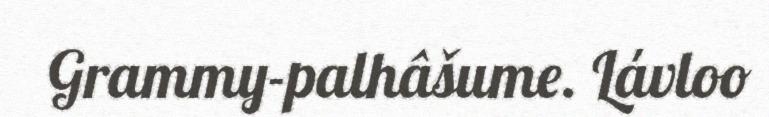
Grammy-palhâšume. Lávloo